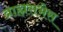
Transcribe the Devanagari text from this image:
ब्राह्मसभेस